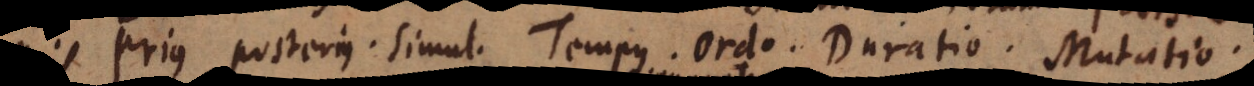
Prius posterius. Simul. Tempus. Ordo. Duratio. Mutatio.